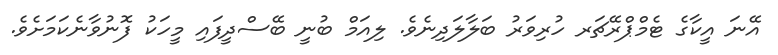
އޭނަ އީކާގެ ޓެމްޕްރޭޗަރ ހުރިވަރު ބަލާލަދިނެވެ. ލިއަމް ބުނީ ބޭސްދީފައި މީހަކު ފޮނުވާނެކަމަށެވެ.